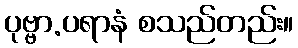
ပုဗ္ဗာ.ပရာနံ စသည်တည်း။